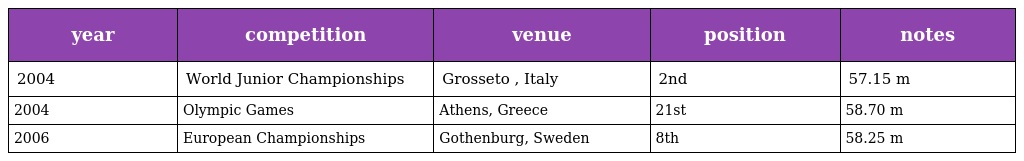
| year | competition | venue | position | notes |
 | --- | --- | --- | --- | --- |
 | 2004 | World Junior Championships | Grosseto , Italy | 2nd | 57.15 m |
 | 2004 | Olympic Games | Athens, Greece | 21st | 58.70 m |
 | 2006 | European Championships | Gothenburg, Sweden | 8th | 58.25 m |